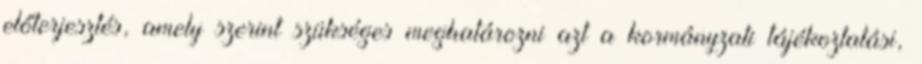
előterjesztés, amely szerint szükséges meghatározni azt a kormányzati tájékoztatási,